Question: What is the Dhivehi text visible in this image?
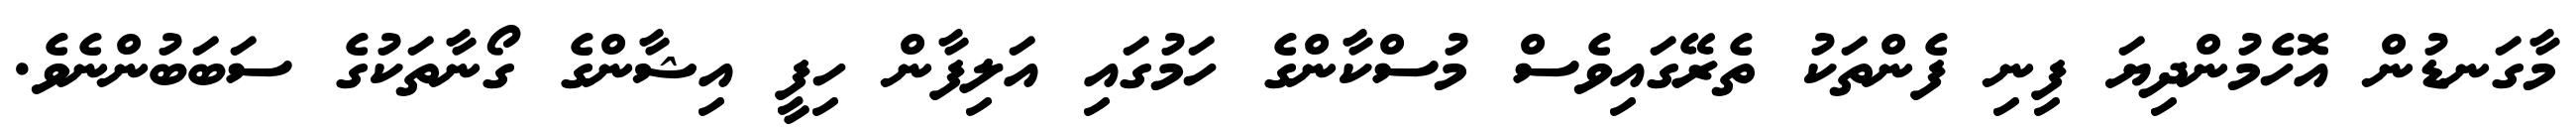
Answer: މާގަނޑުން އޮހެމުންދިޔަ ފިނި ފެންތަކު ތެރޭގައިވެސް މުސްކާންގެ ހަމުގައި އަލިފާން ހިފީ އިޝާންގެ ގޯނާތަކުގެ ސަބަބުންނެވެ.